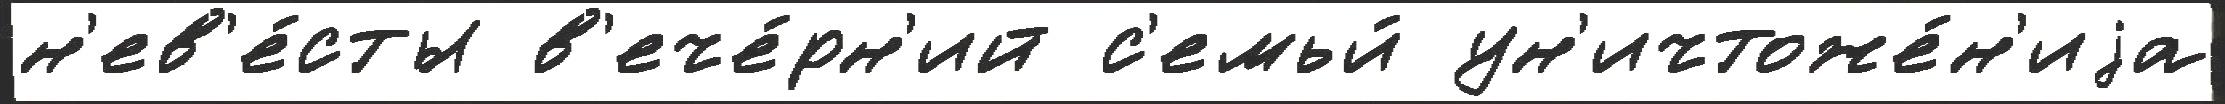
н'ев'е́сты в'ече́рн'ий с'емьи́ ун'ичтоже́н'иjа